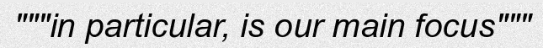
"""in particular, is our main focus"""